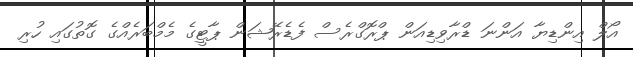
އޯލް އިންޑިޔާ އަންނަ ޑްރާވިޑިއަން ޕްރޮގްރެސް ފެޑެރޭޝަން ޕާޓީގެ މެމްބަރެއްގެ ގޮތުގައި ހުރި